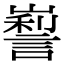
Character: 𡽜